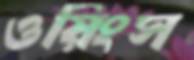
ওয়িংস